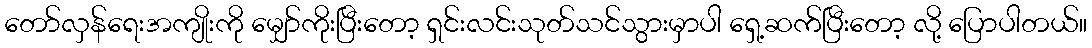
တော်လှန်ရေးအကျိုးကို မျှော်ကိုးပြီးတော့ ရှင်းလင်းသုတ်သင်သွားမှာပါ ရှေ့ဆက်ပြီးတော့ လို့ ပြောပါတယ်။